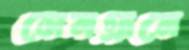
সেনগ্রামে